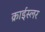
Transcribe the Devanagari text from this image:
क्राईस्लर